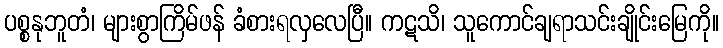
ပစ္စနုဘူတံ၊ များစွာကြိမ်ဖန် ခံစားရလှလေပြီ။ ကဋသိ၊ သူကောင်ချရာသင်းချိုင်းမြေကို။